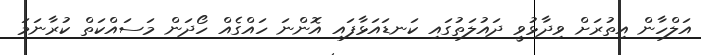
އަލްހާން އިތުރަށް ވިދާޅުވީ ދައުލަތުގައި ކަނޑައަޅާފައި އޮންނަ ހައްގެއް ހޯދަން މަސައްކަތް ކުރާނަމަ